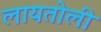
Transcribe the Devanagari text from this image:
लायतोली